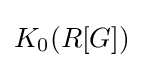
K_{0}(R[G])